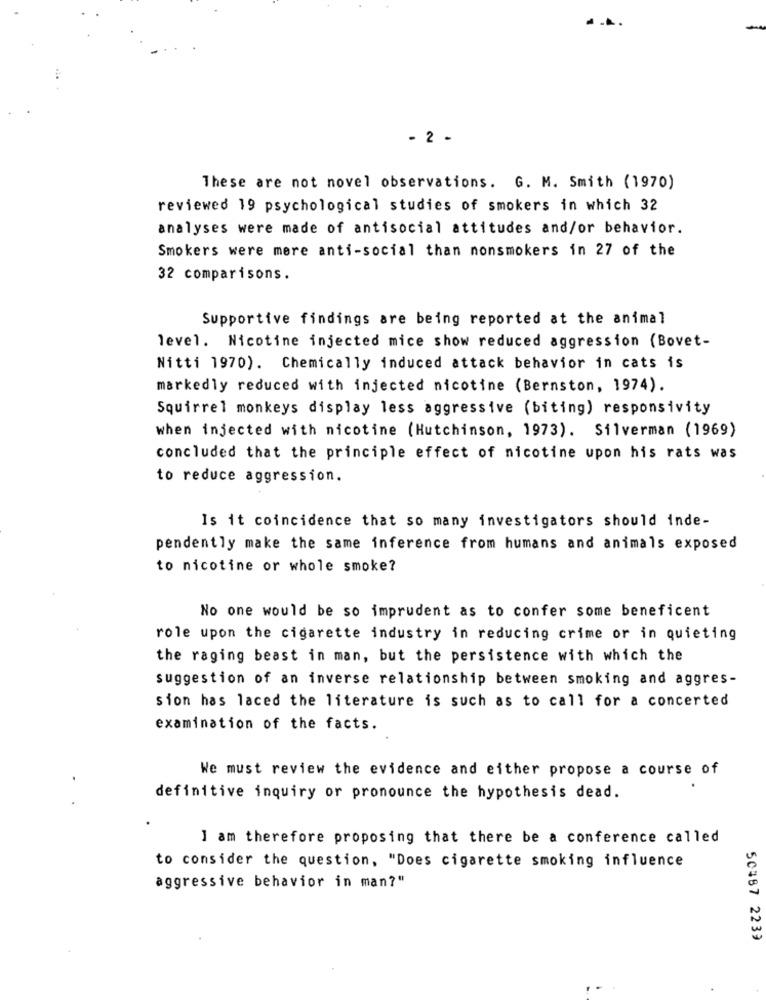
..
- 2 .
These are not novel observations. G. M. Smith (1970)
reviewed 19 psychological studies of smokers in which 32
analyses were made of antisocial attitudes and/or behavior.
Smokers were mere anti-social than nonsmokers in 27 of the
32 comparisons.
Supportive findings are being reported at the animal
level. Nicotine injected mice show reduced aggression (Bovet-
Nitti 1970). Chemically induced attack behavior in cats is
markedly reduced with injected nicotine (Bernston, 1974).
Squirrel monkeys display less aggressive (biting) responsivity
when injected with nicotine (Hutchinson, 1973). Silverman (1969)
concluded that the principle effect of nicotine upon his rats was
to reduce aggression.
Is it coincidence that so many investigators should inde-
pendently make the same inference from humans and animals exposed
to nicotine or whole smoke?
No one would be so imprudent as to confer some beneficent
role upon the cigarette industry in reducing crime or in quieting
the raging beast in man, but the persistence with which the
suggestion of an inverse relationship between smoking and aggres-
sion has laced the literature is such as to call for a concerted
examination of the facts.
We must review the evidence and either propose a course of
definitive inquiry or pronounce the hypothesis dead.
I am therefore proposing that there be a conference called
to consider the question, "Does cigarette smoking influence
aggressive behavior in man?"
50487 2239